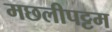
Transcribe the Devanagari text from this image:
मछलीपट्टम